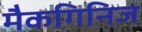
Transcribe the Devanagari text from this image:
मैकगिनिज